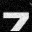
Digit: 7